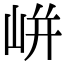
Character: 𡸫